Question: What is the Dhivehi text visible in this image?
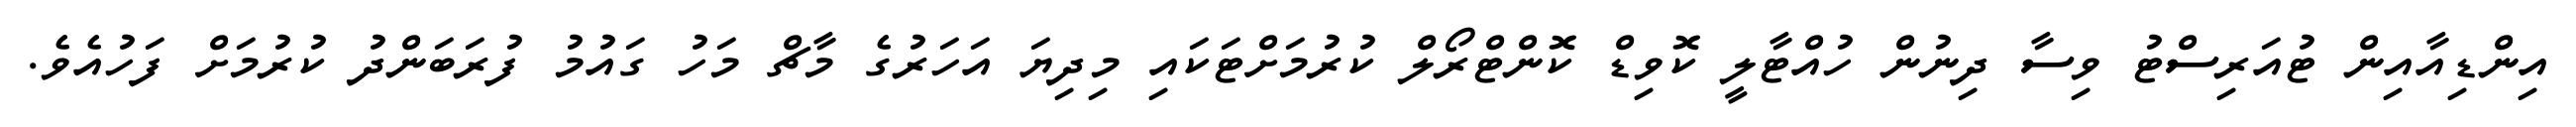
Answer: އިންޑިއާއިން ޓުއަރިސްޓު ވިސާ ދިނުން ހުއްޓާލީ ކޮވިޑް ކޮންޓްރޯލް ކުރުމަށްޓަކައި މިދިޔަ އަހަރުގެ މާޗް މަހު ގައުމު ފުރަބަންދު ކުރުމަށް ފަހުއެވެ.